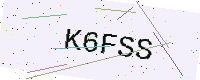
Text: K6FSS